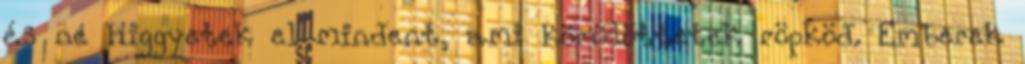
és ne higgyetek el mindent, ami körülöttetek röpköd. Emberek